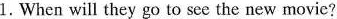
1.When will they go to see the new movie?